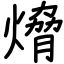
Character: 熁